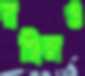
রঞ্জিলও